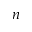
n